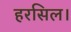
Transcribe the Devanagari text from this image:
हरसिल।